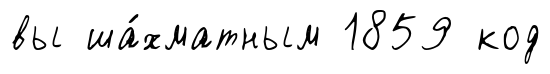
вы ша́хматным 1859 код